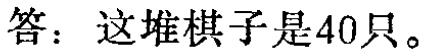
答：这堆棋子是40只。